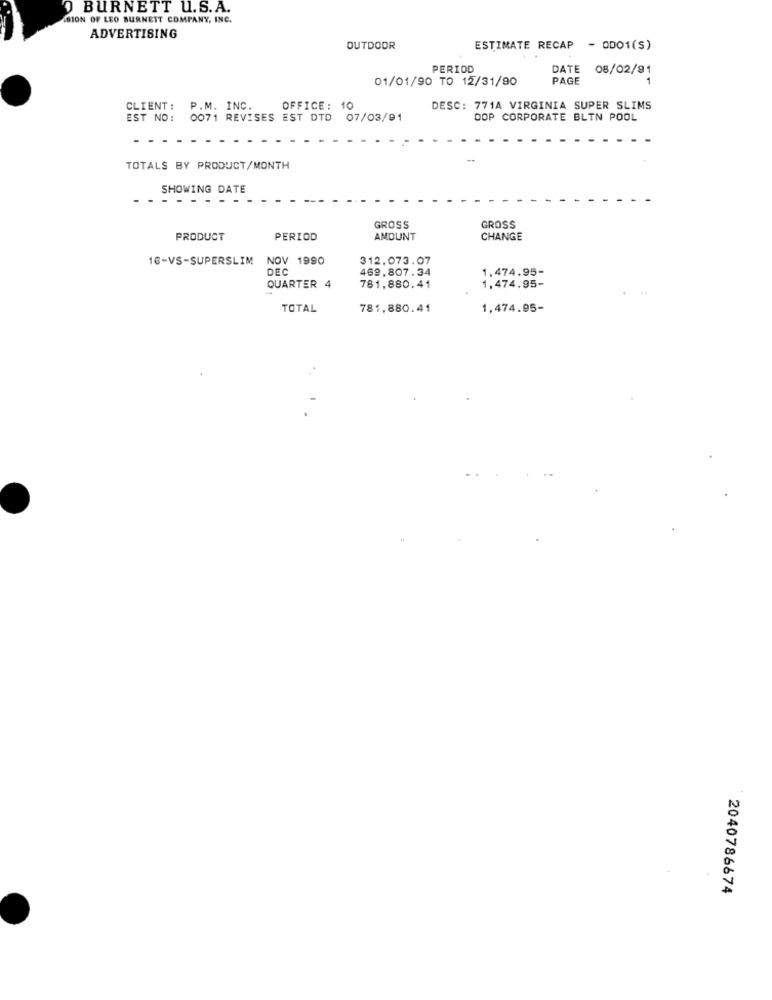
O BURNETT U.S.A.
BION OF LEO BURNETT COMPANY, INC.
ADVERTISING
OUTDOOR
ESTIMATE RECAP - OD01(S)
PERIOD
DATE
08/02/91
01/01/90 TO 12/31/90
PAGE
CLIENT :
P.M. INC.
OFFICE: 10
DESC: 771A VIRGINIA SUPER SLIMS
EST NO :
0071 REVISES EST DTD 07/03/91
OOP CORPORATE BLIN POOL
TOTALS BY PRODUCT/MONTH
SHOWING DATE
- - - - -
GROSS
GROSS
PRODUCT
PERIOD
AMOUNT
CHANGE
16-VS-SUPERSLIM NOV 1990
312.073.07
DE
469,807.34
1.474.95-
1,474.95-
QUARTER 4
781,880.41
TOTAL
781.880.41
1.474.95-
2040786674